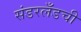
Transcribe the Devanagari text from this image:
संडरलँडची